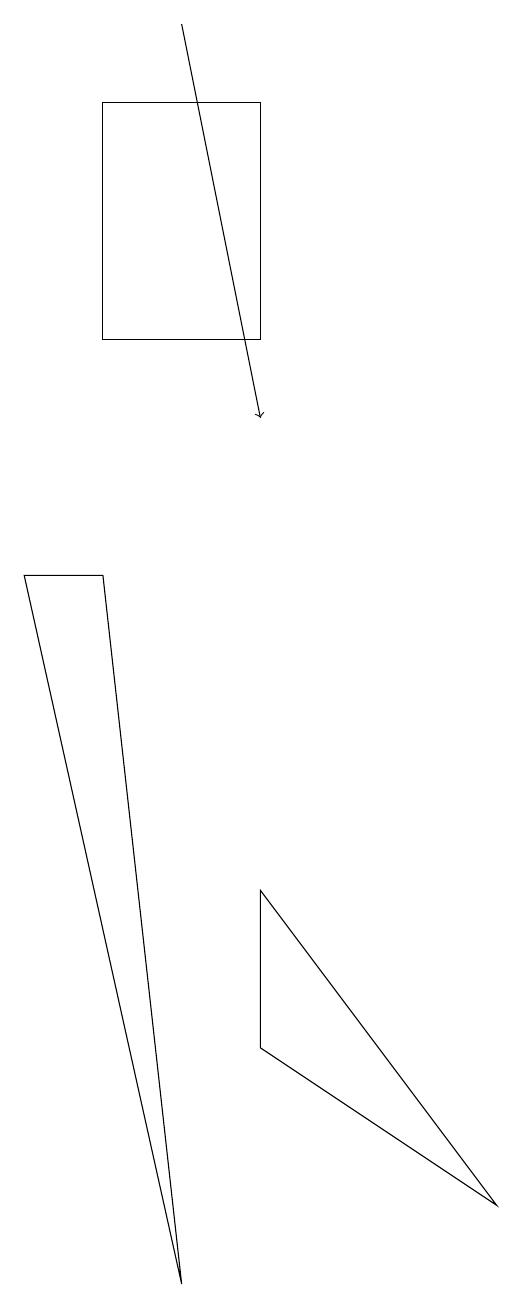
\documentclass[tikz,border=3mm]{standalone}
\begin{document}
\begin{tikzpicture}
\draw (4,3) -- (4,5) -- (7,1) -- cycle;
\draw (1,9) -- (3,0) -- (2,9) -- cycle;
\draw (4,12) rectangle (2,15);
\draw[->] (3,16) -- (4,11);
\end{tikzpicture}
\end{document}